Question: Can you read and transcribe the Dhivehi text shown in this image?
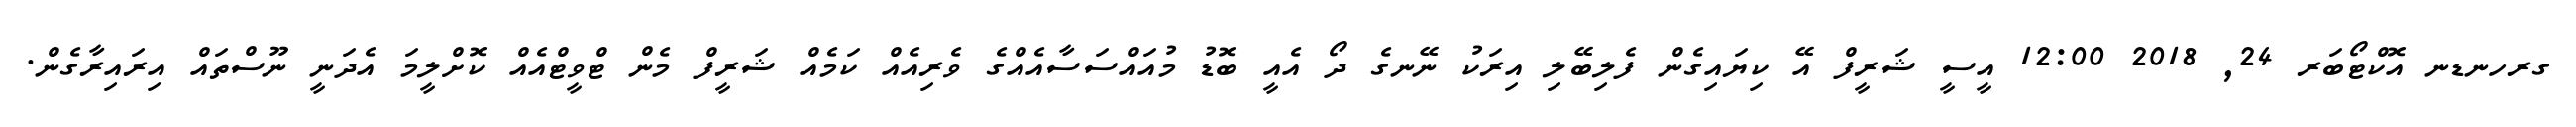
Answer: ގރހނޑނ އޮކްޓޯބަރ 24, 2018 12:00 އީސީ ޝަރީފް އޭ ކިޔައިގެން ފެލިބޭލި އިރަކު ނޭނގެ ދޯ އެއީ ބޮޑު މުއައްސަސާއެއްގެ ވެރިއެއް ކަމެއް ޝަރީފް މެން ޓްވީޓްއެއް ކޮށްލީމަ އެދަނީ ނޫސްތައް އިރައިރާގެން.